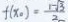
f ( x _ { 0 } ) = \frac { 1 - \sqrt { \frac { 3 } { 2 } } } { 2 }